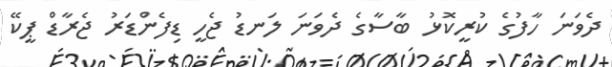
ދެވަނަ ހާފުގެ ކުރީކޮޅު ބާސާގެ ދެވަނަ ލަނޑު ޖެހީ ޑިފެންޑަރު ޖެރާޑް ޕީކޭ